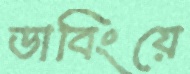
ডাবিংয়ে